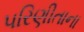
પરિણીતાના